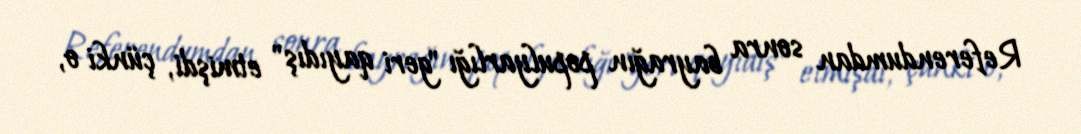
Referendumdan sonra bayrağın populyarlığı "geri qayıdış" etmişdi, çünki o,